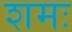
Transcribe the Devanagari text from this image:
शमः